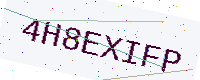
Text: 4H8EXIFP